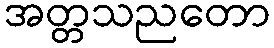
အတ္တသညတော